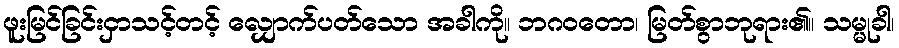
ဖူးမြင်ခြင်းငှာသင့်တင့် လျှောက်ပတ်သော အခါကို။ ဘဂဝတော၊ မြတ်စွာဘုရား၏။ သမ္မုခါ၊